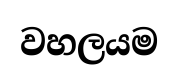
වහලයම